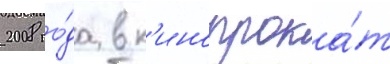
2008 го́да в к'инопрока́т